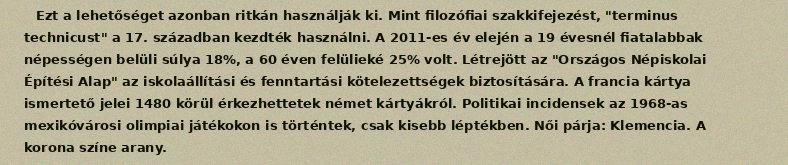
Ezt a lehetőséget azonban ritkán használják ki. Mint filozófiai szakkifejezést, "terminus technicust" a 17. században kezdték használni. A 2011-es év elején a 19 évesnél fiatalabbak népességen belüli súlya 18%, a 60 éven felülieké 25% volt. Létrejött az "Országos Népiskolai Építési Alap" az iskolaállítási és fenntartási kötelezettségek biztosítására. A francia kártya ismertető jelei 1480 körül érkezhettetek német kártyákról. Politikai incidensek az 1968-as mexikóvárosi olimpiai játékokon is történtek, csak kisebb léptékben. Női párja: Klemencia. A korona színe arany.